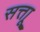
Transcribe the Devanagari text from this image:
सत्ताू